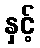
နှင့်